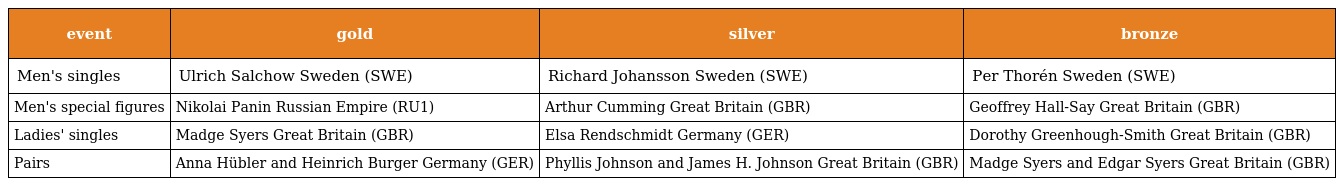
| event | gold | silver | bronze |
 | --- | --- | --- | --- |
 | Men's singles | Ulrich Salchow Sweden (SWE) | Richard Johansson Sweden (SWE) | Per Thorén Sweden (SWE) |
 | Men's special figures | Nikolai Panin Russian Empire (RU1) | Arthur Cumming Great Britain (GBR) | Geoffrey Hall-Say Great Britain (GBR) |
 | Ladies' singles | Madge Syers Great Britain (GBR) | Elsa Rendschmidt Germany (GER) | Dorothy Greenhough-Smith Great Britain (GBR) |
 | Pairs | Anna Hübler and Heinrich Burger Germany (GER) | Phyllis Johnson and James H. Johnson Great Britain (GBR) | Madge Syers and Edgar Syers Great Britain (GBR) |